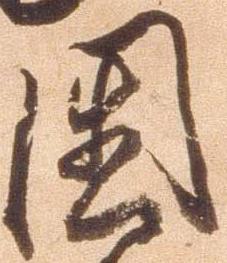
国